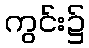
ကွင်း၌